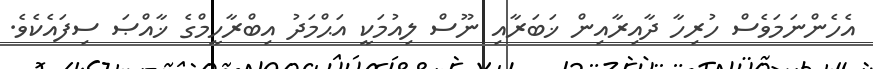
އެހެންނަމަވެސް ހުރިހާ ދާއިރާއިން ޚަބަރާއި ނޫސް ލިއުމަކީ އަޙްމަދު އިބްރާހީމްގެ ޚާއްޞަ ސިފައެކެވެ.